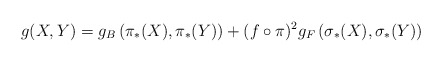
\begin{align*}g(X,Y)=g_{B}\left(\pi_{\ast}(X),\pi_{\ast}(Y)\right) +(f\circ\pi)^{2}g_{F}\left(\sigma_{\ast}(X),\sigma_{\ast}(Y)\right)\end{align*}